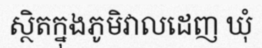
ស្ថិតក្នុងភូមិវាលដេញ ឃុំ